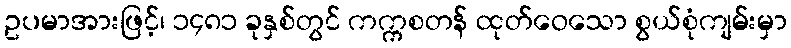
ဥပမာအားဖြင့်၊ ၁၄၈၁ ခုနှစ်တွင် ကက္ကစတန် ထုတ်ဝေသော စွယ်စုံကျမ်းမှာ